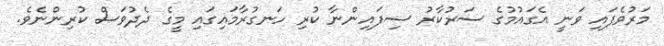
މަރުވެފައި ވަނީ އެގައުމުގެ ސަރުކާރު ސިފައިންނާ ކުރި ހަނގުރާމައިގައި މީގެ ދެދުވަސް ކުރިންނެވެ.